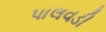
પાલવડી